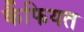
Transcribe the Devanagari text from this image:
र्कैफियत